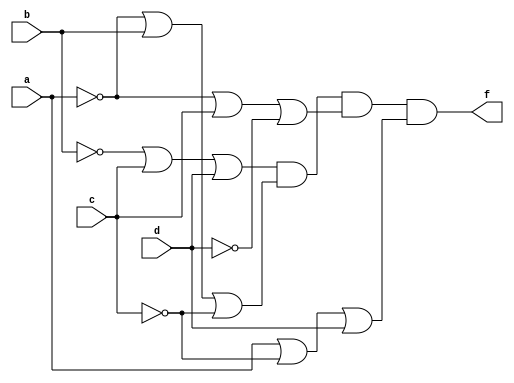
module lab22b(a,b,c,d,f);
input a,b,c,d;
output f;
assign f = ((~b)|c|d) & ((~a)|b|(~c)) & ((~a)|c|(~d)) & (a|(~c)|d);
endmodule